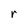
Character: r